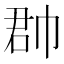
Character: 𢃆